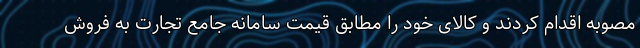
مصوبه اقدام کردند و کالای خود را مطابق قیمت سامانه جامع تجارت به فروش